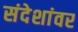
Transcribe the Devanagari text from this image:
संदेशांवर